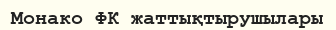
Монако ФК жаттықтырушылары